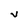
Character: v